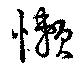
懶